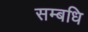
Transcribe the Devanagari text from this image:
सम्बधि